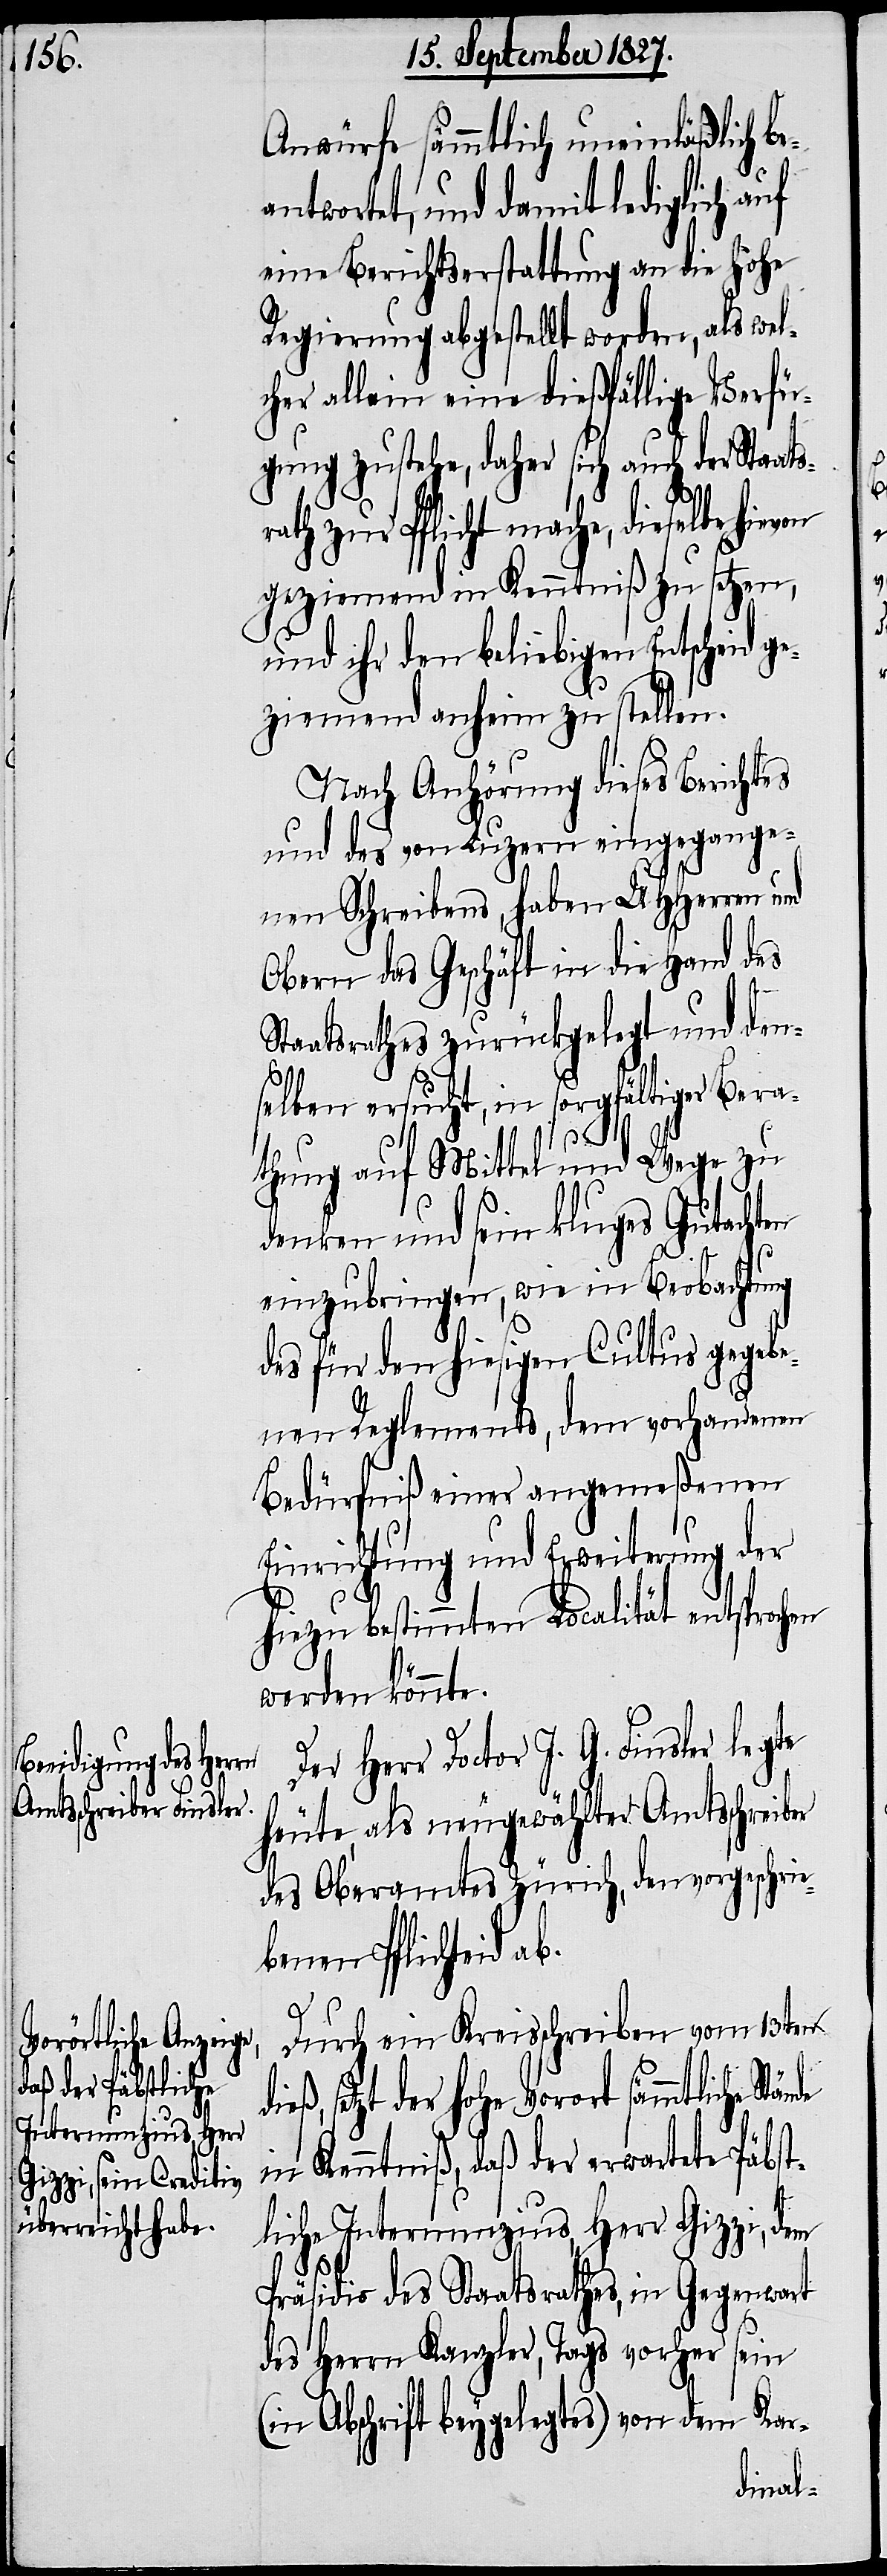
Anwürfe sämmtlich uneinläßlich be¬
antwortet, und damit lediglich auf
eine Berichtserstattung an die Hohe
Regierung abgestellt worden, als wel¬
cher allein eine dießfällige Verfü¬
gung zustehe, daher sich auch der Staats¬
ath zur Pflicht mache, dieselbe
geziemend in Kenntniß zu setzen,
und ihr den beliebigen Entscheid g¬
eziemend anheim zu stellen.
Nach Anhörung dieses Berichtes
und des von Luzern eingegange¬
nen Schreibens, haben UHHerren und
Obern das Geschäft in die Hand des
r¬
Staatsrathes zurückgelegt und den¬
selben ersucht, in sorgfältiger Bera¬
thung auf Mittel und Wege zu
denken und sein kluges Gutachten
einzubringen, wie in Beobachtung
des für den hiesigen Cultus gegebe¬
nen Reglements, dem vorhandenen
Bedürfniß einer angemeßenen
Einrichtung und Erweiterung der
hiezu bestimmten Localität entsprochen
werden könnte.
Der Herr Doctor J. G. Finsler legte
heute, als neugewählter Amtsschreiber
des Oberamtes Zürich, den vorgeschrie¬
benen Pflichteid a¬
b.
Durch ein Kreisschreiben vom 13ten
setzt der hohe Vorort sämmtliche
in Kenntniß, daß der erwartete Päbst¬
liche Internunzius, Herr Gizzi, dem
Präsidio des Staatsrathes, in Gegenwart
des Herrn Kanzler, Tags vorher sein
(in Abschrift beygelegtes) von dem Kar-